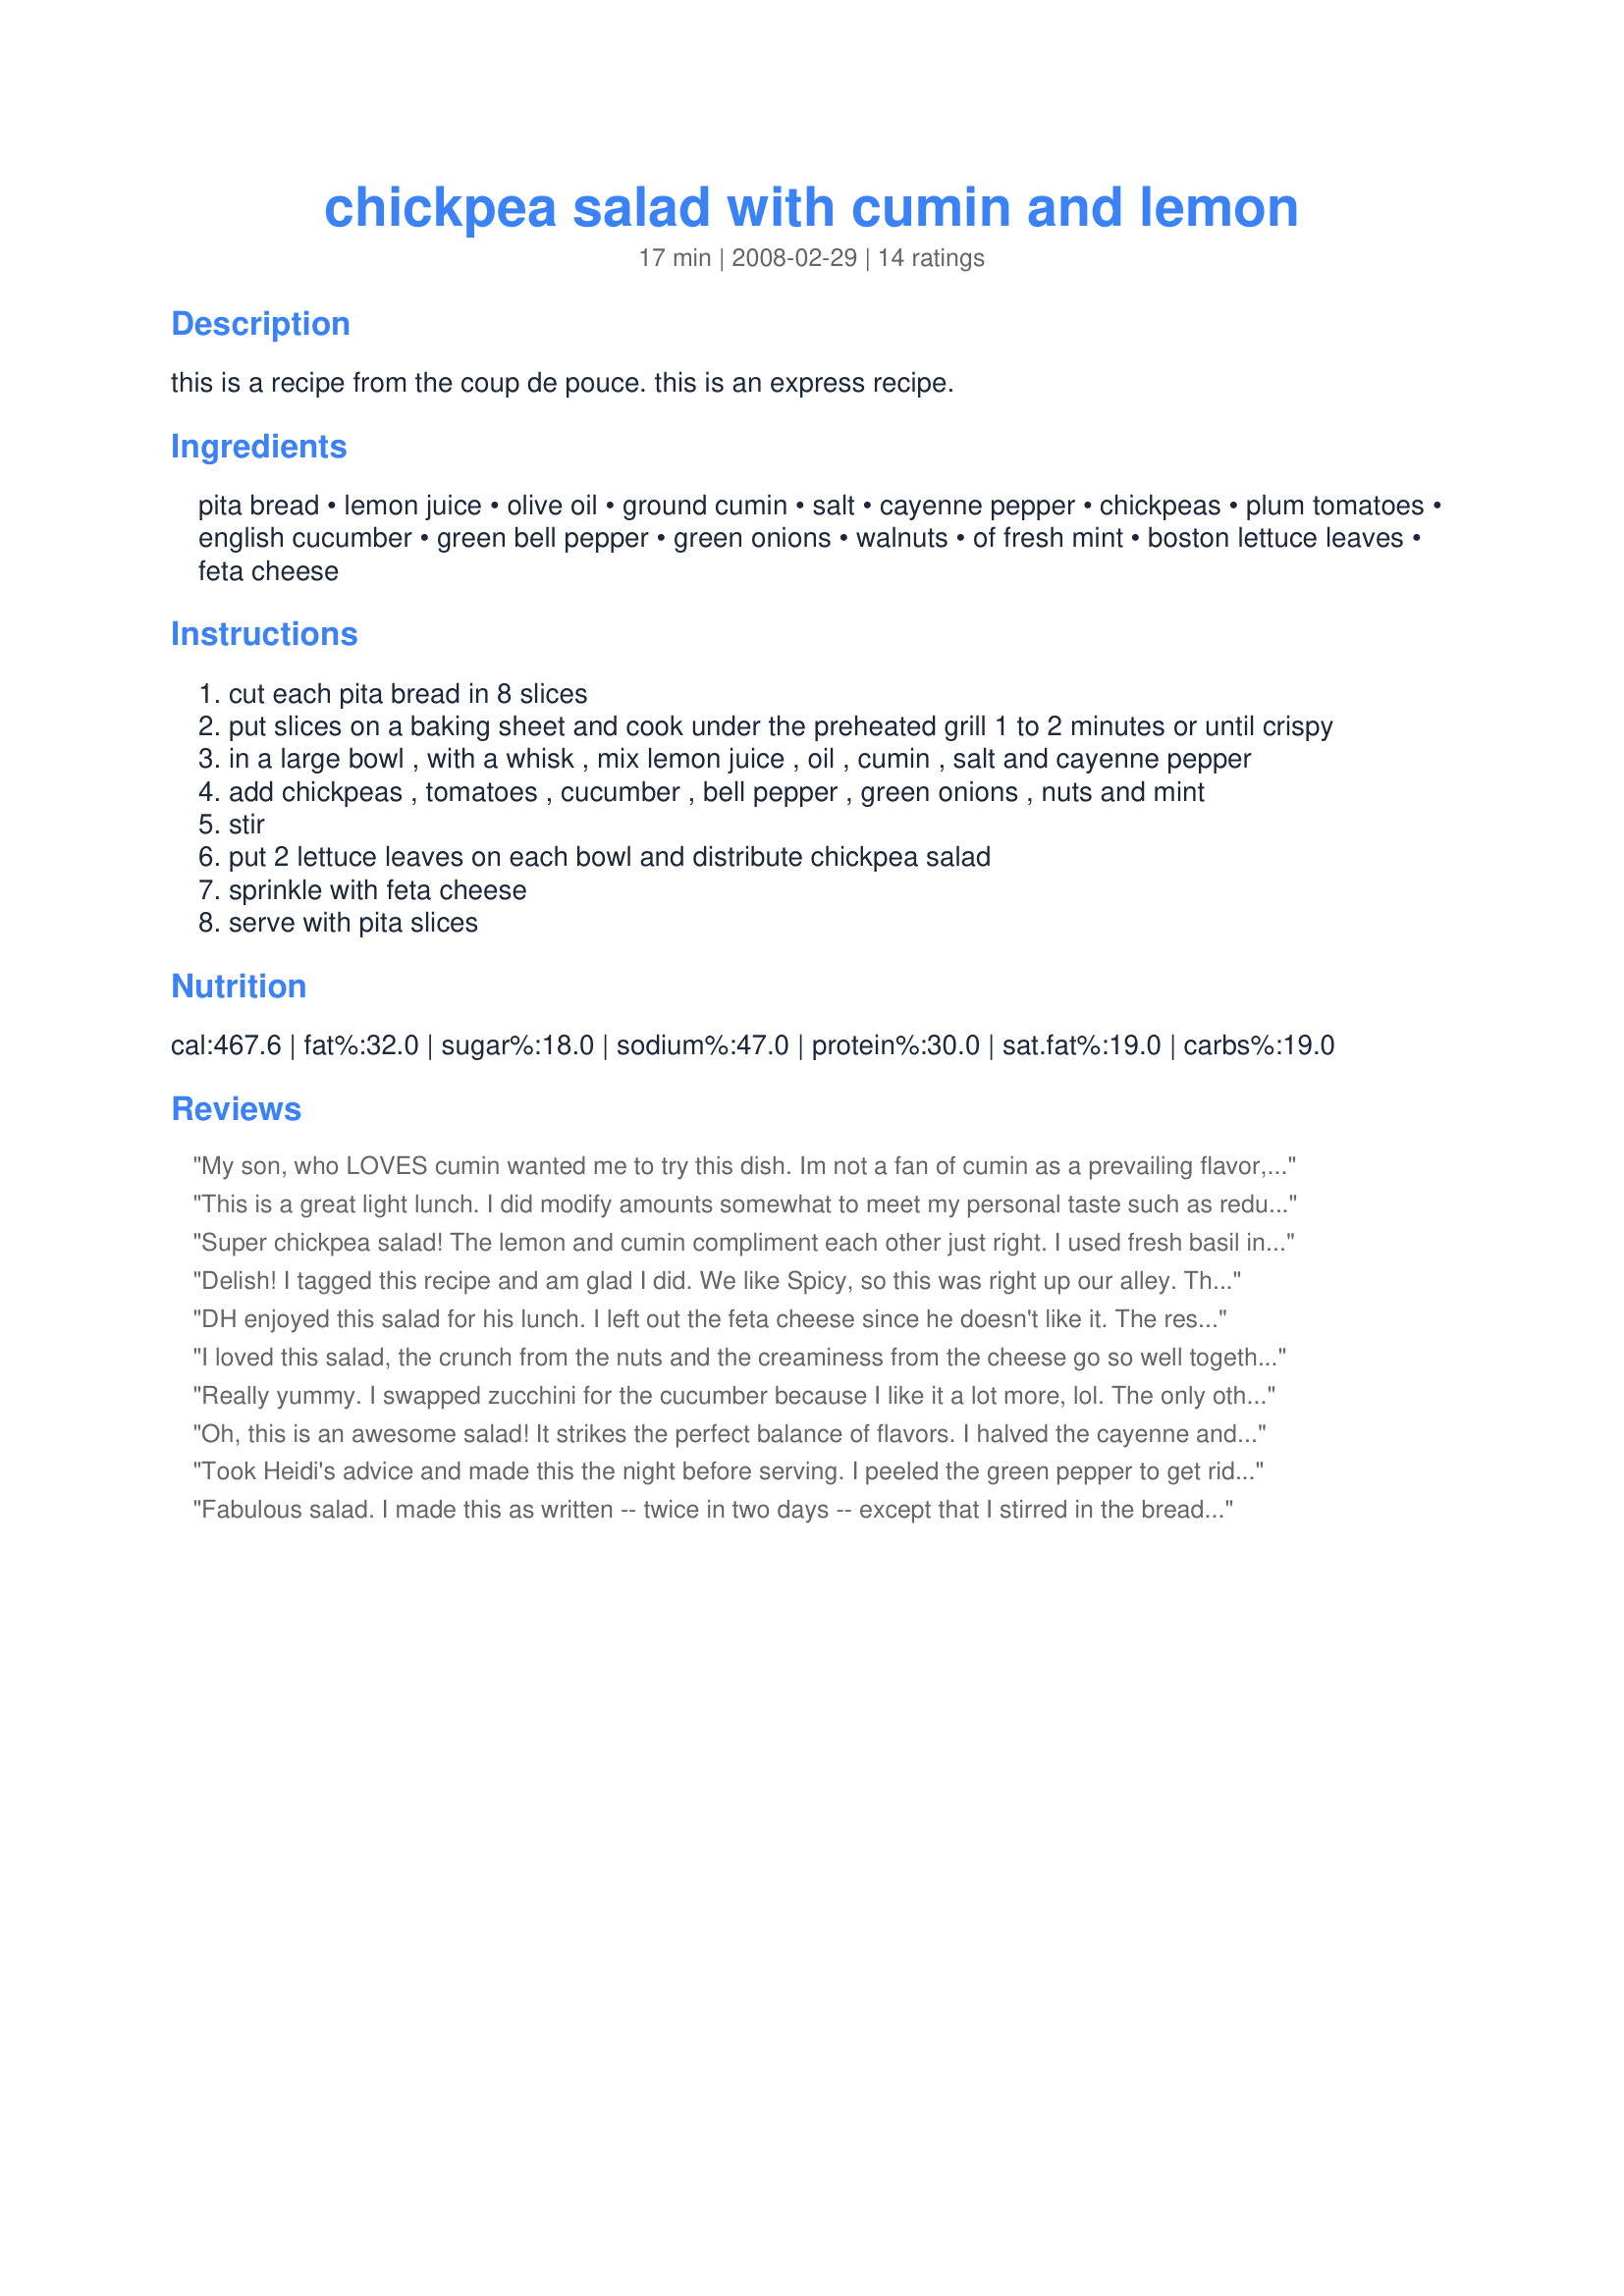
chickpea salad with cumin and lemon
Preparation time: 17 minutes

this is a recipe from the coup de pouce. this is an express recipe.

Ingredients:
pita bread, lemon juice, olive oil, ground cumin, salt, cayenne pepper, chickpeas, plum tomatoes, english cucumber, green bell pepper, green onions, walnuts, of fresh mint, boston lettuce leaves, feta cheese

Steps:
cut each pita bread in 8 slices
put slices on a baking sheet and cook under the preheated grill 1 to 2 minutes or until crispy
in a large bowl , with a whisk , mix lemon juice , oil , cumin , salt and cayenne pepper
add chickpeas , tomatoes , cucumber , bell pepper , green onions , nuts and mint
stir
put 2 lettuce leaves on each bowl and distribute chickpea salad
sprinkle with feta cheese
serve with pita slices

Reviews:
My son, who LOVES cumin wanted me to try this dish. Im not a fan of cumin as a prevailing flavor, but I didn't feel the cumin dominated this salad at all. It was just right. This is a great salad, fast to prepare and tastes great! I also crumbled the toasted pitas right into the salad. made for ZWT6
This is a great light lunch. I did modify amounts somewhat to meet my personal taste such as reducing walnuts to 1/4 cup and only using half of a green pepper but I used all the ingredients and am very happy with the results. Thanks Boomette! I'm updating with five stars. I let this sit overnight in the fridge and the flavors blended together beautifully. It was good the first day but today it is awesome.
Super chickpea salad! The lemon and cumin compliment each other just right. I used fresh basil instead of mint and didn't add the feta. The toasty pitas made it fun for my DS to eat.
Delish! I tagged this recipe and am glad I did. We like Spicy, so this was right up our alley. Thanks for sharing!
DH enjoyed this salad for his lunch. I left out the feta cheese since he doesn't like it. The rest of the recipe was made as written. Made for Zaar Stars
I loved this salad, the crunch from the nuts and the creaminess from the cheese go so well together with the cumin dressing. I don't really like mint but added it anyway & found that mixed with the other spices it's hardly detectable. Great recipe, thanks Boomie!
Really yummy. I swapped zucchini for the cucumber because I like it a lot more, lol. The only other change was that I used a yellow pepper because I didn't have a green one. It's easy, very tasty and healthy. That combination equals a winning recipe in my book.
Oh, this is an awesome salad! It strikes the perfect balance of flavors. I halved the cayenne and cumin for DH and used just a pinch of salt. I have made similar salads to this before, but they were never this good. I think the walnuts and small amount of feta add a nice touch. I can see why this made it into the best of ZWT and the best of 2008 game!
Took Heidi's advice and made this the night before serving. I peeled the green pepper to get rid of bitterness and otherwise did as told. Brought it to room temp before serving. Excellent!
Fabulous salad. I made this as written -- twice in two days -- except that I stirred in the bread pieces. I thought the cumin might be overpowering, but it wasn't. Some unexpected visitors wolfed it down for lunch, and a teenage boy stopped just short of licking the bowl.
Delicious! All of the flavors worked really well together. I made some minor changes: I reduced the cumin to 1.5 tsp, and will probably reduce it to 1 tsp next time. I subbed red pepper for the green. And I didn't have walnuts so didn't use any. I have saved this one in my book #237871.
Delicious! I loved the combination of spices. I used a regular cucumber which was peeled and seeded prior to chopping. The salad was made a few hours before serving and refrigerated. The flavors blended beautifully. Made for ZWT9.
What a delightful salad! I love chickpeas but am not a big fan of cumin; however, the spices were balances perfectly in this. I used a regular cucumber, tomatoes, and light green peppers that were all straight from the farm. The mint, walnuts, and feta really boosted this up, I think. I doubled the recipe and my DBF will be taking this to work for lunch all weeklong! Made by a Tasty Tester for ZWT9.
This sure is pretty to look at!!! I let the mixture marinate at room temperature for about 2 hours prior to serving and it still was a bit bland for my taste. I added some extra salt, some red wine vinegar and some Greek Seasoning to kick it up a bit. Used this in a wrap with some lettuce. Nice lunch!
